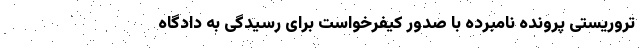
تروریستی پرونده نامبرده ‌با صدور کیفرخواست برای رسیدگی به دادگاه